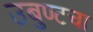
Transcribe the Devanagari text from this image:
उबुण्टचा